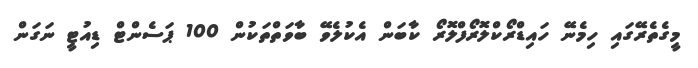
މީގެތެރޭގައި ހިމެނޭ ހައިޑްރޯކްލޮރޯފްލޮރޯ ކާބަން އެކުލެވޭ ބާވަތްތަކުން 100 ޕަސެންޓް ޑިއުޓީ ނަގަން